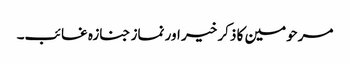
مرحومین کا ذکر خیر اور نماز جنازہ غائب۔